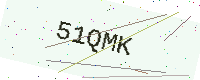
Text: 51QMK